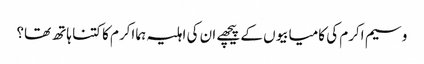
وسیم اکرم کی کامیابیوں کے پیچھے ان کی اہلیہ ہما اکرم کا کتنا ہاتھ تھا؟